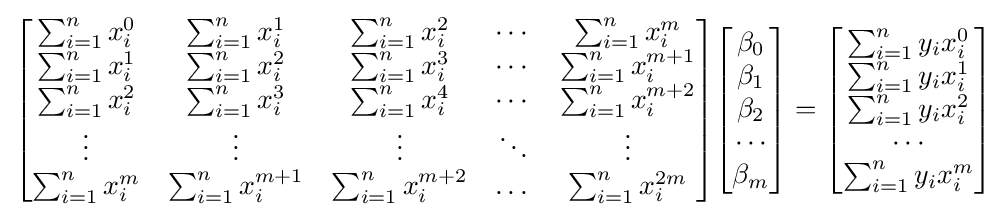
{\begin{bmatrix}\sum _{i=1}^{n}x_{i}^{0}&\sum _{i=1}^{n}x_{i}^{1}&\sum _{i=1}^{n}x_{i}^{2}&\cdots &\sum _{i=1}^{n}x_{i}^{m}\\\sum _{i=1}^{n}x_{i}^{1}&\sum _{i=1}^{n}x_{i}^{2}&\sum _{i=1}^{n}x_{i}^{3}&\cdots &\sum _{i=1}^{n}x_{i}^{m+1}\\\sum _{i=1}^{n}x_{i}^{2}&\sum _{i=1}^{n}x_{i}^{3}&\sum _{i=1}^{n}x_{i}^{4}&\cdots &\sum _{i=1}^{n}x_{i}^{m+2}\\\vdots &\vdots &\vdots &\ddots &\vdots \\\sum _{i=1}^{n}x_{i}^{m}&\sum _{i=1}^{n}x_{i}^{m+1}&\sum _{i=1}^{n}x_{i}^{m+2}&\dots &\sum _{i=1}^{n}x_{i}^{2m}\\\end{bmatrix}}{\begin{bmatrix}\beta _{0}\\\beta _{1}\\\beta _{2}\\\cdots \\\beta _{m}\\\end{bmatrix}}={\begin{bmatrix}\sum _{i=1}^{n}y_{i}x_{i}^{0}\\\sum _{i=1}^{n}y_{i}x_{i}^{1}\\\sum _{i=1}^{n}y_{i}x_{i}^{2}\\\cdots \\\sum _{i=1}^{n}y_{i}x_{i}^{m}\\\end{bmatrix}}